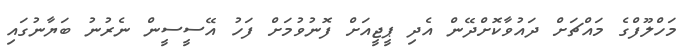
މަހްލޫފްގެ މައްޗަށް ދައުވާކޮށްދޭން އެދި ޕީޖީއަށް ފޮނުވުމަށް ފަހު އޭސީސީން ނެރުނު ބަޔާނުގައި